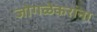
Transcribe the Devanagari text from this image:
जोगळेकरांना